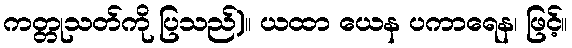
ကတ္တုသတ်ကို ပြသည်)။ ယထာ ယေန ပကာရေန၊ ဖြင့်။